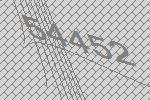
54452